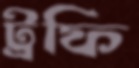
ট্রফি